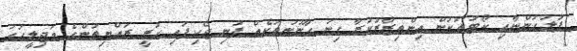
ފުލުހުންނާއި ކޯޓުތަކުން އިންތިޒާރުކުރާ ގިނަ ގާނޫނުތަކެއް ފުނި ޖެހިފައި ހުރީ ރައްޔިތުންގެ މަޖިލީހުގަ